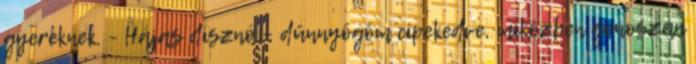
gyereknek. - Hájas disznó – dünnyögöm cipekedve, miközben gonoszan